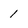
Character: 1